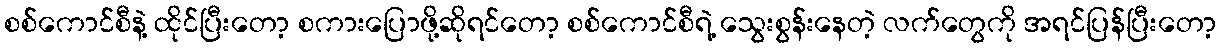
စစ်ကောင်စီနဲ့ ထိုင်ပြီးတော့ စကားပြောဖို့ဆိုရင်တော့ စစ်ကောင်စီရဲ့ သွေးစွန်းနေတဲ့ လက်တွေကို အရင်ပြန်ပြီးတော့